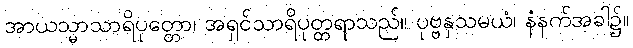
အာယသ္မာသာရိပုတ္တော၊ အရှင်သာရိပုတ္တရာသည်။ ပုဗ္ဗနှသမယံ၊ နံနက်အခါ၌။